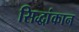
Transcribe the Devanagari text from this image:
सिद्धांकान